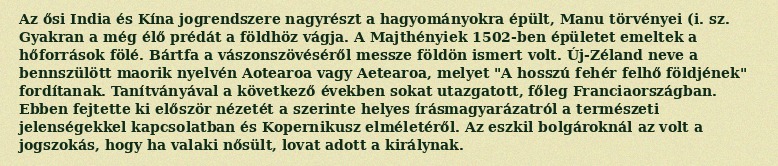
Az ősi India és Kína jogrendszere nagyrészt a hagyományokra épült, Manu törvényei (i. sz. Gyakran a még élő prédát a földhöz vágja. A Majthényiek 1502-ben épületet emeltek a hőforrások fölé. Bártfa a vászonszövéséről messze földön ismert volt. Új-Zéland neve a bennszülött maorik nyelvén Aotearoa vagy Aetearoa, melyet "A hosszú fehér felhő földjének" fordítanak. Tanítványával a következő években sokat utazgatott, főleg Franciaországban. Ebben fejtette ki először nézetét a szerinte helyes írásmagyarázatról a természeti jelenségekkel kapcsolatban és Kopernikusz elméletéről. Az eszkil bolgároknál az volt a jogszokás, hogy ha valaki nősült, lovat adott a királynak.